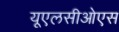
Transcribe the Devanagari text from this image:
यूएलसीओएस